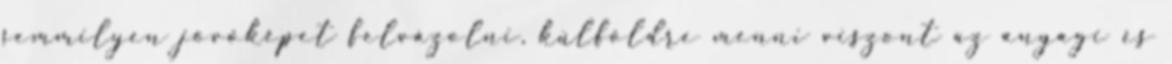
semmilyen jövőképet felvázolni, külföldre menni viszont az anyagi és